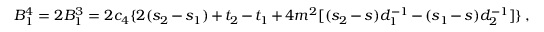
B _ { 1 } ^ { 4 } = 2 B _ { 1 } ^ { 3 } = 2 c _ { 4 } \{ 2 ( s _ { 2 } - s _ { 1 } ) + t _ { 2 } - t _ { 1 } + 4 m ^ { 2 } [ ( s _ { 2 } - s ) d _ { 1 } ^ { - 1 } - ( s _ { 1 } - s ) d _ { 2 } ^ { - 1 } ] \} \, ,